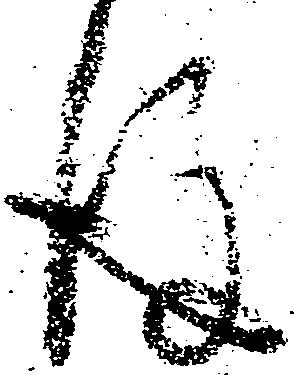
後